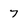
Character: 7